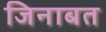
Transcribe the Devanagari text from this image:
जिनाबत